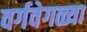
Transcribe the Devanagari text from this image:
वर्गवेगळ्या